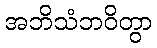
အဘိသံဘဝိတွာ